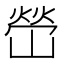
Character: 嵤